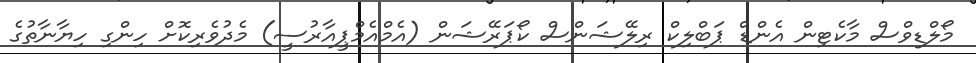
މޯލްޑިވްސް މާކެޓިން އެންޑް ޕަބްލިކް ރިލޭޝަންސް ކޯޕަރޭޝަން (އެމްއެމްޕީއާރުސީ) މެދުވެރިކޮށް ހިންގި ހިޔާނާތުގެ